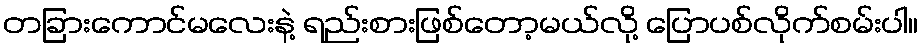
တခြားကောင်မလေးနဲ့ ရည်းစားဖြစ်တော့မယ်လို့ ပြောပစ်လိုက်စမ်းပါ။